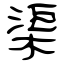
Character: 渠